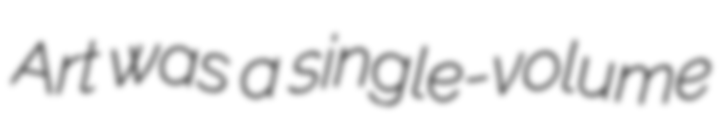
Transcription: Art was a single-volume